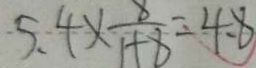
5 . 4 \times \frac { 8 } { 1 + 8 } = 4 . 8